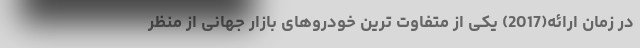
در زمان ارائه(2017) یکی از متفاوت ترین خودروهای بازار جهانی از منظر